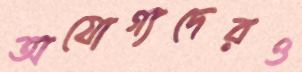
অযোগ্যদেরও